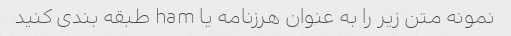
نمونه متن زیر را به عنوان هرزنامه یا ham طبقه بندی کنید